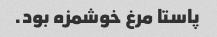
پاستا مرغ خوشمزه بود.